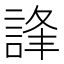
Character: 𧧽